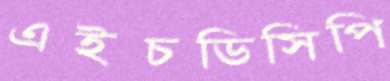
এইচডিসিপি